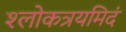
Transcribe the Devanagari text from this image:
श्लोकत्रयमिदं